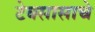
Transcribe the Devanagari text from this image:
टेक्सासाचे